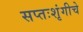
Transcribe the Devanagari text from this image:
सप्तःशृंगीचे